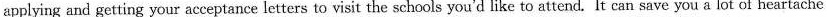
applying and getting your acceptance letters to visit the schools you'd like to attend. It can save you a lot of heartache